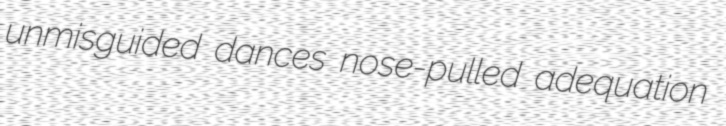
unmisguided dances nose-pulled adequation